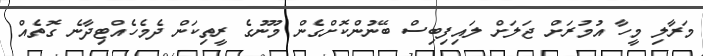
މަރާލި މީހާ އުމުރަށް ޖަލަށް ލައިފިބިސް ބޭނުންކޮށްގެން މޫނުގެ ރީތިކަން ދެމެހެއްޓިދާނެ ގޮތެއް